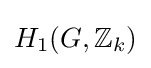
H_{1}(G,\mathbb {Z} _{k})